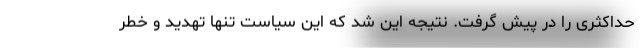
حداکثری را در پیش گرفت. نتیجه این شد که این سیاست تنها تهدید و خطر